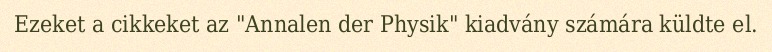
Ezeket a cikkeket az "Annalen der Physik" kiadvány számára küldte el.